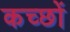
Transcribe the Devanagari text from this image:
कच्छों